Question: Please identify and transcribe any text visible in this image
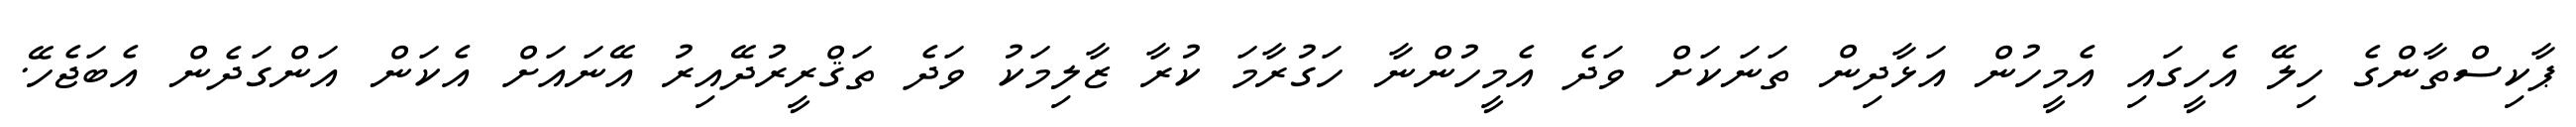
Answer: ޕާކިސްތާންގެ ހިލޭ އެހީގައި އެމީހުން އަޅާދިން ތަނަކަށް ވަދެ އެމީހުންނާ ހަގުރާމަ ކުރާ ޒާލިމަކު ވަދެ ތަޤްރީރުދޭއިރު އޭނައަށް އެކަން އަންގަދެން އެބަޖެހޭ.